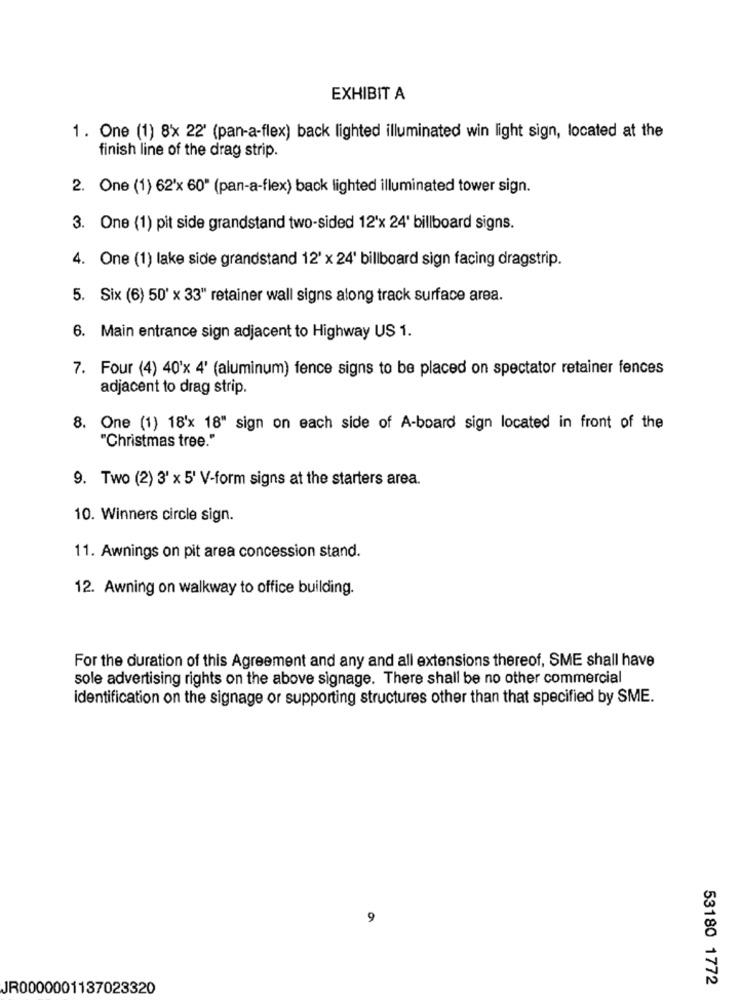
EXHIBIT A
1. One (1) 8x 22' (pan-a-flex) back lighted illuminated win light sign, located at the
finish line of the drag strip.
2. One (1) 62'x 60" (pan-a-flex) back lighted illuminated tower sign.
3. One (1) pit side grandstand two-sided 12'x 24' billboard signs.
4. One (1) lake side grandstand 12' x 24' billboard sign facing dragstrip.
5. Six (6) 50' x 33" retainer wall signs along track surface area.
6. Main entrance sign adjacent to Highway US 1.
7. Four (4) 40'x 4' (aluminum) fence signs to be placed on spectator retainer fences
adjacent to drag strip.
8.
One (1) 18'x 18" sign on each side of A-board sign located in front of the
"Christmas tree."
9. Two (2) 3' x 5' V-form signs at the starters area.
10. Winners circle sign.
11. Awnings on pit area concession stand.
12. Awning on walkway to office building.
For the duration of this Agreement and any and all extensions thereof, SME shall have
sole advertising rights on the above signage. There shall be no other commercial
identification on the signage or supporting structures other than that specified by SME.
9
53180 1772
JR0000001137023320